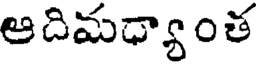
ఆదిమధ్యాంత